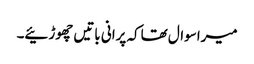
میراسوال تھاکہ پرانی باتیں چھوڑئیے۔